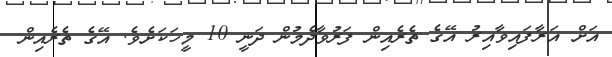
އަށް އަރާފައިވާއިރު އޭގެ ތެރެއިން ފަރުވާދެމުން ދަނީ 10 މީހަކަށެވެ. އޭގެ ތެރެއިން